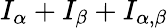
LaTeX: I_{\alpha}+I_{\beta}+I_{\alpha,\beta}